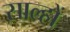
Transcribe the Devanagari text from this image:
साल्हों